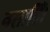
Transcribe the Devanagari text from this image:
नसाहिं।